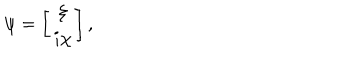
LaTeX: \psi = \left[ \begin{array} { c } { { \xi } } \\ { { i \chi } } \\ \end{array} \right] ,